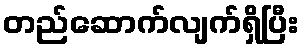
တည်ဆောက်လျက်ရှိပြီး